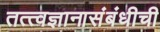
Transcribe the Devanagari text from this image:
तत्त्वज्ञानासंबंधीची